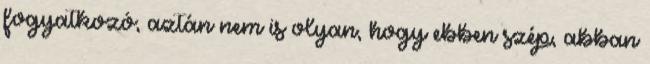
fogyatkozó; aztán nem is olyan, hogy ebben szép, abban